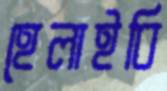
হেলাইবি